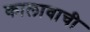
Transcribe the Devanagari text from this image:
कालावाची